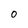
Character: O